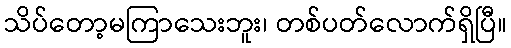
သိပ်တော့မကြာသေးဘူး၊ တစ်ပတ်လောက်ရှိပြီ။